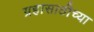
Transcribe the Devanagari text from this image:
ग्रहासाठीच्या